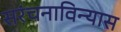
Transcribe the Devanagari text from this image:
सरंचनाविन्यास